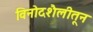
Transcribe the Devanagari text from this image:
विनोदशैलीतून